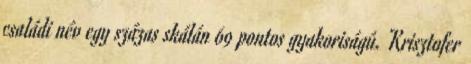
családi név egy százas skálán 69 pontos gyakoriságú. Krisztofer